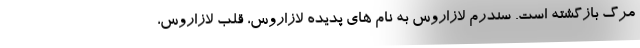
مرگ بازگشته است. سندرم لازاروس به نام های پدیده لازاروس، قلب لازاروس،